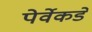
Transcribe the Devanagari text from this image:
पेर्वेकडे